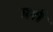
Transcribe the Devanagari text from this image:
मर्श